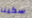
سكينا